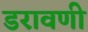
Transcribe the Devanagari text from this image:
डरावणी